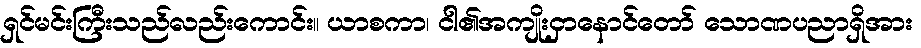
ရှင်မင်းကြီးသည်လည်းကောင်း။ ယာစကာ၊ ငါ၏အကျိုးငှာနောင်တော် သောဏပညာရှိအား